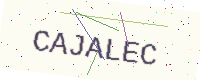
Text: CAJALEC